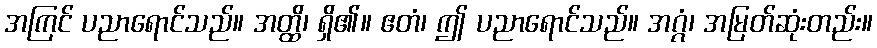
အကြင် ပညာရောင်သည်။ အတ္ထိ၊ ရှိ၏။ ဧတံ၊ ဤ ပညာရောင်သည်။ အဂ္ဂံ၊ အမြတ်ဆုံးတည်း။